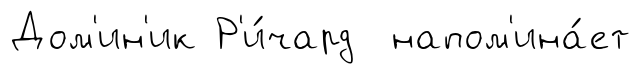
Дом'ин'ик Р'и́чард напом'ина́ет